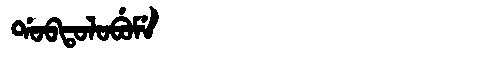
Manchu: ᡩᠣᠪᡨᠣᠯᠣᠪᡠᠮᡝ
Romanization: DOBTOLOBUME